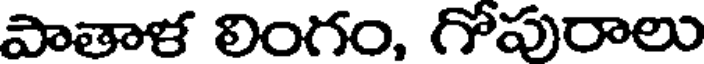
పాతాళ లింగం, గోపురాలు